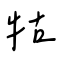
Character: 牯